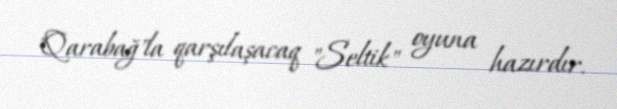
"Qarabağ"la qarşılaşacaq "Seltik" oyuna hazırdır.